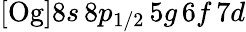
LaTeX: [\mathrm{Og}]8s\, 8p_{1/2}\, 5g\, 6f\, 7d